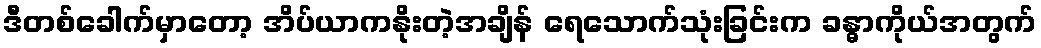
ဒီတစ်ခေါက်မှာတော့ အိပ်ယာကနိုးတဲ့အချိန် ရေသောက်သုံးခြင်းက ခန္ဓာကိုယ်အတွက်